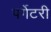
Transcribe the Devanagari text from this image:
पर्गेटरी